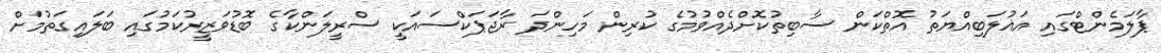
ޕާލަމެންޓްގައި އަޣުލަބިއްޔަތު އޮތްކަން ސާބިތުކޮށްދެއްވުމުގެ ކުރިން މަހިންދަ ރާޖަޕަކްސައަކީ ސްރީލަންކާގެ ބޮޑުވަޒީރުކަމުގައި ބަލައިގަތުމަށް